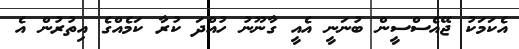
އެކަމަކު ޖޭއެސްސީން ބުނަނީ އެއީ ގާނޫނު ހުއްދަ ކުރާ ކަމެއްގެ އިތުރުން އެ